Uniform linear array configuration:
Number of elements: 16
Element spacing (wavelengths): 1
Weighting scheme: blackman
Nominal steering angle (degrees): -30
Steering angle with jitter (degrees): -29.493
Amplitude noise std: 0.05
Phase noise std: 0.05

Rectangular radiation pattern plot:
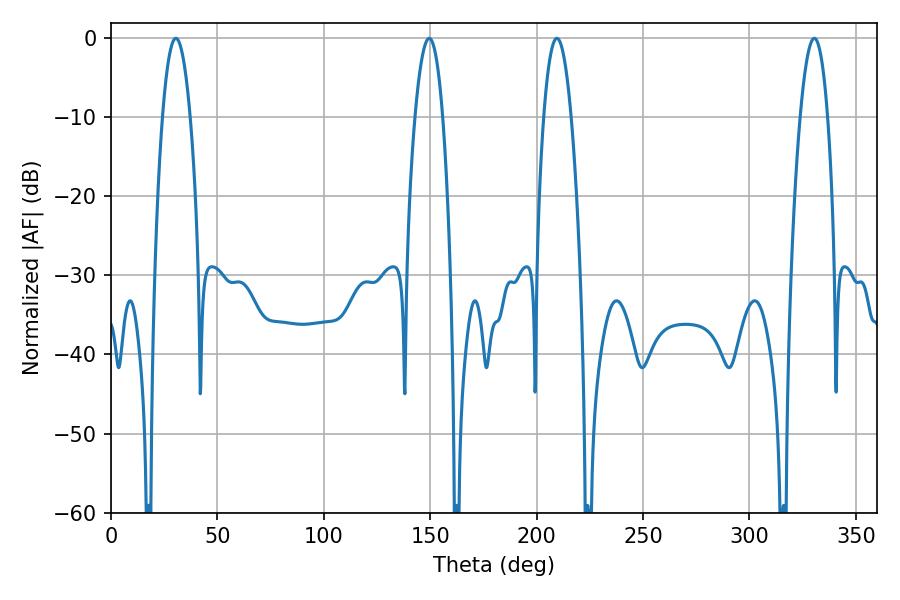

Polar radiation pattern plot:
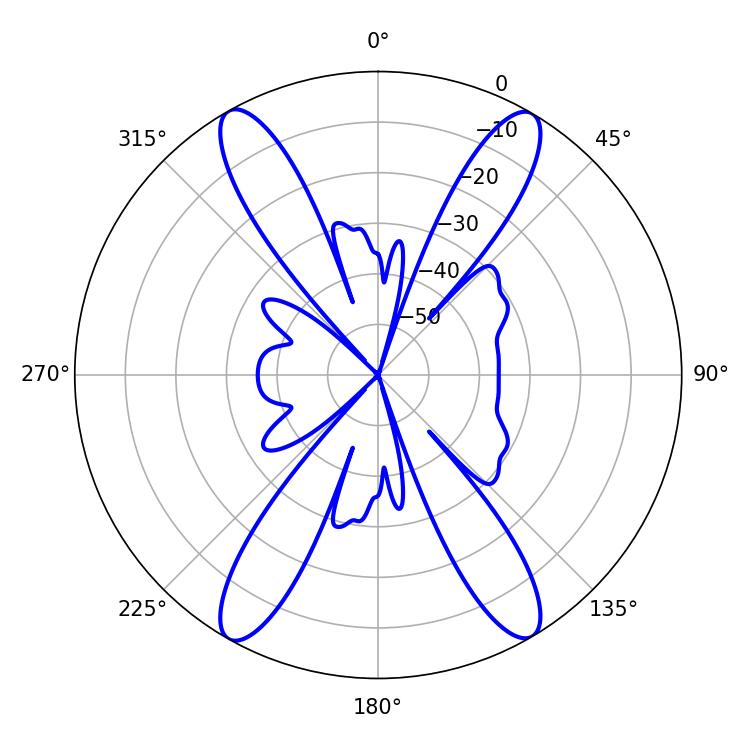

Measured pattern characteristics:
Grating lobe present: TRUE
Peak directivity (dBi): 25.587
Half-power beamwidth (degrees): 7.02
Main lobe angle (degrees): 209.52